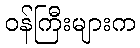
ဝန်ကြီးများက